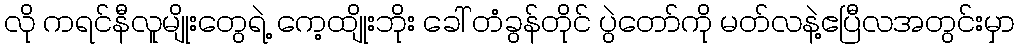
လို ကရင်နီလူမျိုးတွေရဲ့ ကေ့ထျိုးဘိုး ခေါ် တံခွန်တိုင် ပွဲတော်ကို မတ်လနဲ့ဧပြီလအတွင်းမှာ